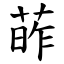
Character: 葃